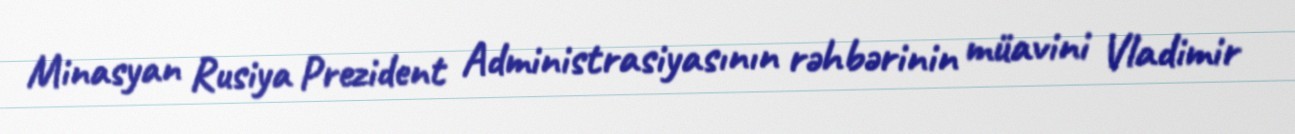
Minasyan Rusiya Prezident Administrasiyasının rəhbərinin müavini Vladimir